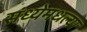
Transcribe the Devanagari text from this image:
संध्येमधल्या